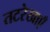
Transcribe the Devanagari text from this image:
तटरेखाएँ